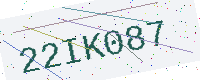
Text: 22IK087